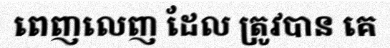
ពេញលេញ ដែល ត្រូវបាន គេ